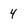
Character: 4